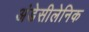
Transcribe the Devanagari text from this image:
अंडेसीलेनिक